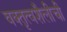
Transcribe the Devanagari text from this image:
वक्तृत्वशैलीची